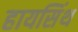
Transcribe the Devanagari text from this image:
हायसिंथ